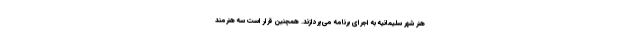
هنر شهر سليمانيه به اجرای برنامه می‌پردازند. همچنین قرار است سه هنرمند